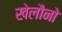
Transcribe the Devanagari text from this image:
खेलौनो